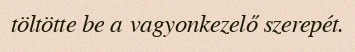
töltötte be a vagyonkezelő szerepét.